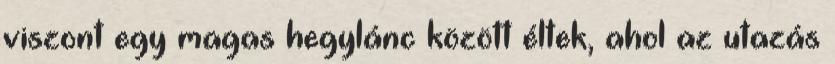
viszont egy magas hegylánc között éltek, ahol az utazás